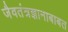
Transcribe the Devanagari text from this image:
जैवतंत्रज्ञानाबाबत